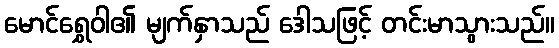
မောင်ရွှေဝါ၏ မျက်နှာသည် ဒေါသဖြင့် တင်းမာသွားသည်။